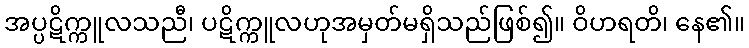
အပ္ပဋိက္ကူလသညီ၊ ပဋိက္ကူလဟုအမှတ်မရှိသည်ဖြစ်၍။ ဝိဟရတိ၊ နေ၏။